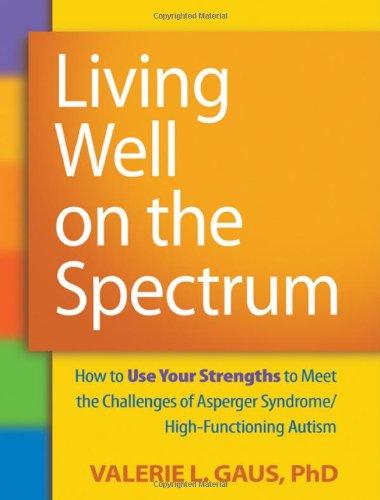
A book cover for Living Well on the Spectrum: How to Use Your Strengths to Meet the Challenges of Asperger Syndrome/High-Functioning Autism; Valerie L. Gaus PhD; Health, Fitness & Dieting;